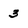
Character: 3